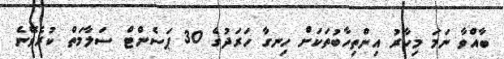
ބާއްވާ ނަމަ މިހާރު އިންތިހާބުތަކަށް ހިނގާ ހަރަދުގެ 30 ޕަސެންޓް ސަލާމަތް ކުރެވޭނެ